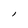
Character: l